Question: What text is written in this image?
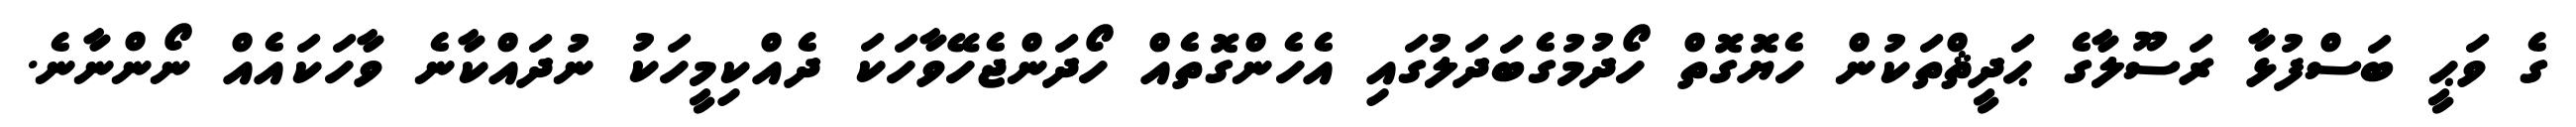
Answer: ގެ ވަޙީ ބަސްފުޅާ ރަސޫލާގެ ޙަދީޘްތަކުން ހެޔޮގޮތް ހޯދުމުގެބަދަލުގައި އެހެންގޮތެއް ހޯދަންޖެހޭވާހަކަ ދެއްކިމީހަކު ނުދައްކާނެ ވާހަކައެއް ނޯންނާނެ.